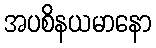
အပစိနယမာနော